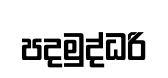
පදමුද්ධරි